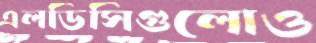
এলডিসিগুলোও